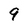
Character: 9